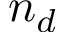
n _ { d }